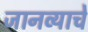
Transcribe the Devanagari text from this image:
जानव्याचे